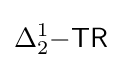
\Delta _{2}^{1}{\mathsf {-TR}}